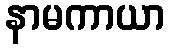
နာမကာယာ